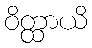
ဝိတ္ထာယိ